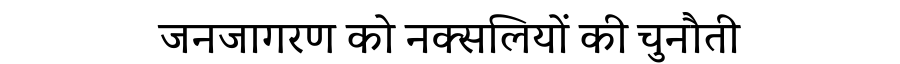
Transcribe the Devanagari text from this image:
जनजागरण को नक्सलियों की चुनौती